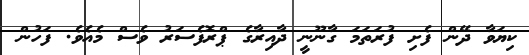
ކިޔަވާ ދޭން ފެށި ފުރަތަމަ ގާނޫނީ ދާއިރާގެ ޕްރޮފެސަރު ވެސް މެއެވެ. ފަހުން